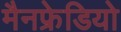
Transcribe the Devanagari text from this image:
मैनफ्रेडियो